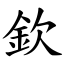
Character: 欽